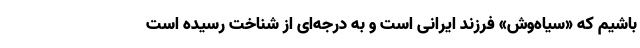
باشیم که «سیاه‌وش» فرزند ایرانی است و به درجه‌ای از شناخت رسیده است